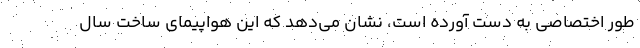
طور اختصاصی به دست آورده است، نشان می‌دهد که این هواپیمای ساخت سال